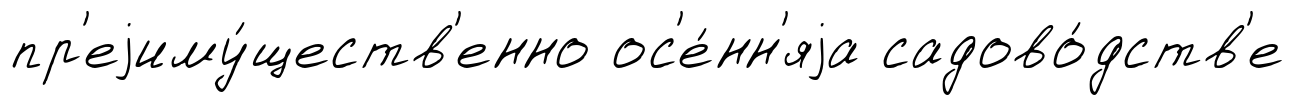
пр'еjиму́ществ'енно ос'е́нн'яjа садово́дств'е